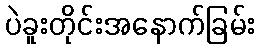
ပဲခူးတိုင်းအနောက်ခြမ်း